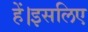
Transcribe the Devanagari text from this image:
हें।इसलिए